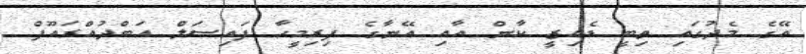
އޭގެ މެދުގައި ތިބީ ޑެއިޒީ ކާން އާއި އޭނާގެ ފިރިމީހާ ފައިސަލް އަބްދުއްރައޫފް